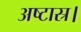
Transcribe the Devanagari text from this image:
अष्टास्र।